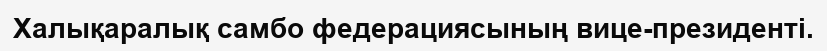
Халықаралық самбо федерациясының вице-президенті.